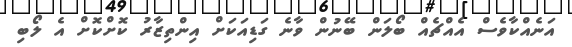
އަނެއްކާވެސް އެއްޗެއް ބޯލަން ބޭނުން ވާނެ ގަޑިއަކަށް އިންތިޒާރު ކޮށްކޮށް އެ ލޯބި